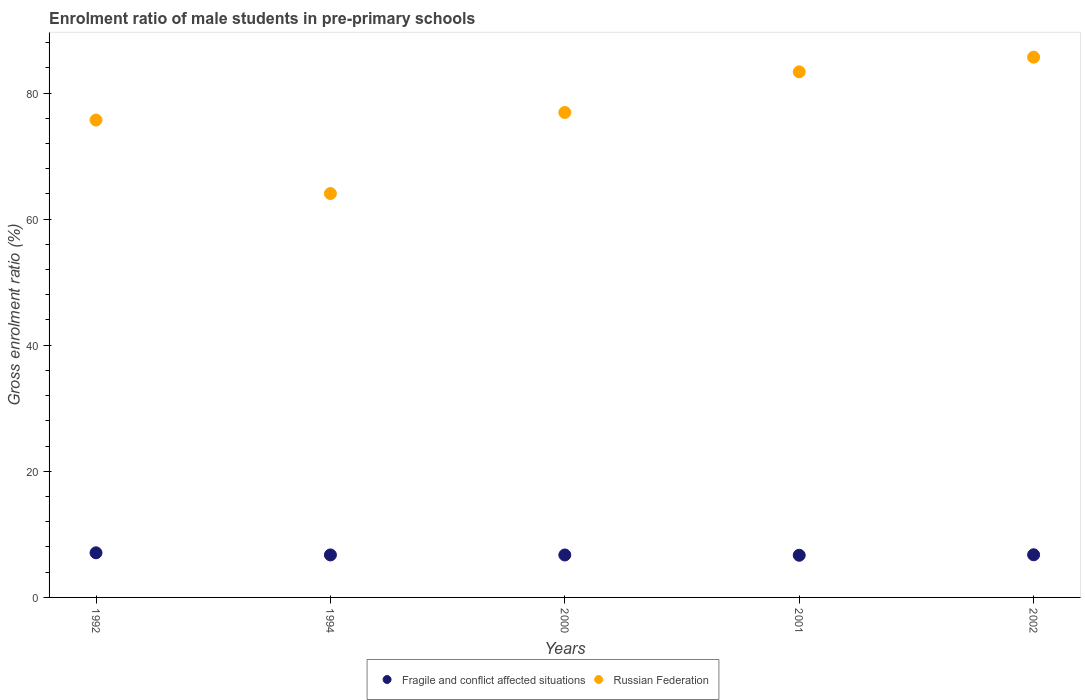
| Years | Fragile and conflict affected situations | Russian Federation |
 | --- | --- | --- |
 | 1992 | 7.08 | 75.7 |
 | 1994 | 6.74 | 64.1 |
 | 2000 | 6.73 | 76.9 |
 | 2001 | 6.69 | 83.4 |
 | 2002 | 6.77 | 85.7 |